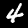
Label: 4